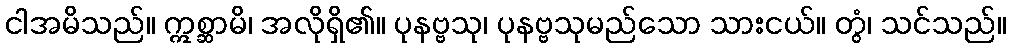
ငါအမိသည်။ ဣစ္ဆာမိ၊ အလိုရှိ၏။ ပုနဗ္ဗသု၊ ပုနဗ္ဗသုမည်သော သားငယ်။ တွံ၊ သင်သည်။